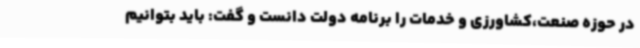
در حوزه صنعت،‌کشاورزی و خدمات را برنامه دولت دانست و گفت: باید بتوانیم